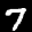
Label: 7